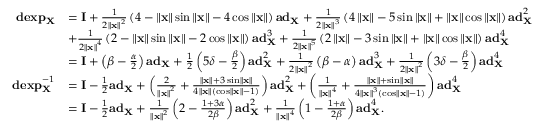
\begin{array} { r l } { \mathbf { d e x p } _ { \mathbf { X } } } & { = \mathbf { I } + \frac { 1 } { 2 \left\Vert \mathbf { x } \right\Vert ^ { 2 } } \left( 4 - \left\Vert \mathbf { x } \right\Vert \sin \left\Vert \mathbf { x } \right\Vert - 4 \cos \left\Vert \mathbf { x } \right\Vert \right) \mathbf { a d } _ { \mathbf { X } } + \frac { 1 } { 2 \left\Vert \mathbf { x } \right\Vert ^ { 3 } } \left( 4 \left\Vert \mathbf { x } \right\Vert - 5 \sin \left\Vert \mathbf { x } \right\Vert + \left\Vert \mathbf { x } \right\Vert \cos \left\Vert \mathbf { x } \right\Vert \right) \mathbf { a d } _ { \mathbf { X } } ^ { 2 } } \\ & { + \frac { 1 } { 2 \left\Vert \mathbf { x } \right\Vert ^ { 4 } } \left( 2 - \left\Vert \mathbf { x } \right\Vert \sin \left\Vert \mathbf { x } \right\Vert - 2 \cos \left\Vert \mathbf { x } \right\Vert \right) \mathbf { a d } _ { \mathbf { X } } ^ { 3 } + \frac { 1 } { 2 \left\Vert \mathbf { x } \right\Vert ^ { 5 } } \left( 2 \left\Vert \mathbf { x } \right\Vert - 3 \sin \left\Vert \mathbf { x } \right\Vert + \left\Vert \mathbf { x } \right\Vert \cos \left\Vert \mathbf { x } \right\Vert \right) \mathbf { a d } _ { \mathbf { X } } ^ { 4 } } \\ & { = \mathbf { I } + \left( \beta - \frac { \alpha } { 2 } \right) \mathbf { a d } _ { \mathbf { X } } + \frac { 1 } { 2 } \left( 5 \delta - \frac { \beta } { 2 } \right) \mathbf { a d } _ { \mathbf { X } } ^ { 2 } + \frac { 1 } { 2 \left\Vert \mathbf { x } \right\Vert ^ { 2 } } \left( \beta - \alpha \right) \mathbf { a d } _ { \mathbf { X } } ^ { 3 } + \frac { 1 } { 2 \left\Vert \mathbf { x } \right\Vert ^ { 2 } } \left( 3 \delta - \frac { \beta } { 2 } \right) \mathbf { a d } _ { \mathbf { X } } ^ { 4 } } \\ { \mathbf { d e x p } _ { \mathbf { X } } ^ { - 1 } } & { = \mathbf { I } - \frac { 1 } { 2 } \mathbf { a d } _ { \mathbf { X } } + \left( \frac { 2 } { \left\Vert \mathbf { x } \right\Vert ^ { 2 } } + \frac { \left\Vert \mathbf { x } \right\Vert + 3 \sin \left\Vert \mathbf { x } \right\Vert } { 4 \left\Vert \mathbf { x } \right\Vert \left( \cos \left\Vert \mathbf { x } \right\Vert - 1 \right) } \right) \mathbf { a d } _ { \mathbf { X } } ^ { 2 } + \left( \frac { 1 } { \left\Vert \mathbf { x } \right\Vert ^ { 4 } } + \frac { \left\Vert \mathbf { x } \right\Vert + \sin \left\Vert \mathbf { x } \right\Vert } { 4 \left\Vert \mathbf { x } \right\Vert ^ { 3 } \left( \cos \left\Vert \mathbf { x } \right\Vert - 1 \right) } \right) \mathbf { a d } _ { \mathbf { X } } ^ { 4 } } \\ & { = \mathbf { I } - \frac { 1 } { 2 } \mathbf { a d } _ { \mathbf { X } } + \frac { 1 } { \left\Vert \mathbf { x } \right\Vert ^ { 2 } } \left( 2 - \frac { 1 + 3 \alpha } { 2 \beta } \right) \mathbf { a d } _ { \mathbf { X } } ^ { 2 } + \frac { 1 } { \left\Vert \mathbf { x } \right\Vert ^ { 4 } } \left( 1 - \frac { 1 + \alpha } { 2 \beta } \right) \mathbf { a d } _ { \mathbf { X } } ^ { 4 } . } \end{array}